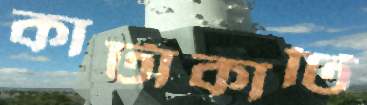
কাটাকাটি